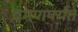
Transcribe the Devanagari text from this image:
दमणपर्यंत